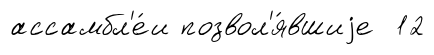
ассамбл'е́и позвол'я́вшиjе 12